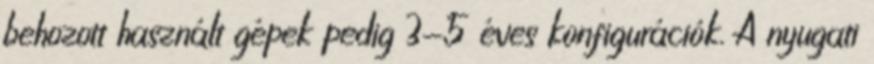
behozott használt gépek pedig 3-5 éves konfigurációk. A nyugati